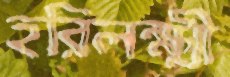
হরিলক্ষ্মী